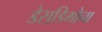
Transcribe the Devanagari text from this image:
डेसडिमोना